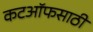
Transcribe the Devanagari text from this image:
कटऑफसाठी